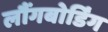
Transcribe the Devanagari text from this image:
लौंगबोर्डिंग